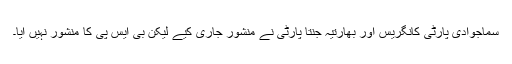
سماجوادی پارٹی کانگریس اور بھارتیہ جنتا پارٹی نے منشور جاری کیے لیکن بی ایس پی کا منشور نہیں آیا۔